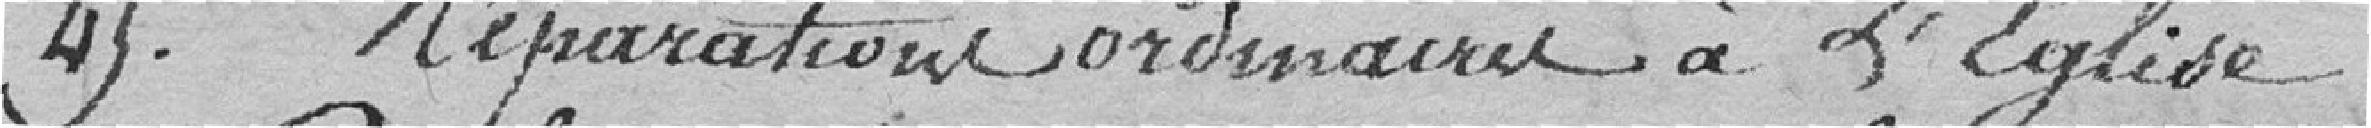
Réparations ordinaires à l'église